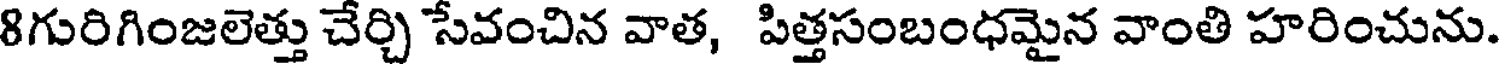
8గురిగింజలెత్తు చేర్చి సేవంచిన వాత, పిత్తసంబంధమైన వాంతి హరించును.